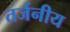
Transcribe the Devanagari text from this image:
तर्जनीय